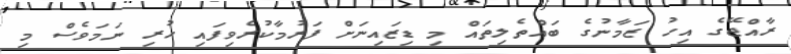
ރާއްޖޭގެ އިހު ޒަމާނުގެ ބައްތެލިތައް މި ޑިޒައިނަށް ފަރުމާކުރެވިފައި ހުރި ނަމަވެސް މި